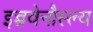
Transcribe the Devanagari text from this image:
इन्त्रवेनौस्ल्य